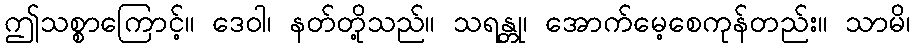
ဤသစ္စာကြောင့်။ ဒေဝါ၊ နတ်တို့သည်။ သရန္တု၊ အောက်မေ့စေကုန်တည်း။ သာမိ၊